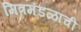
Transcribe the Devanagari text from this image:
मित्रमंडळांची